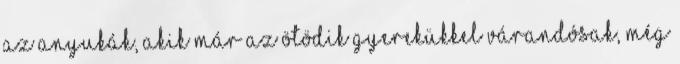
az anyukák, akik már az ötödik gyerekükkel várandósak, még